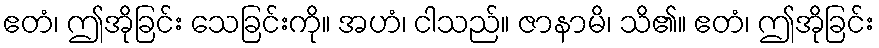
ဧတံ၊ ဤအိုခြင်း သေခြင်းကို။ အဟံ၊ ငါသည်။ ဇာနာမိ၊ သိ၏။ ဧတံ၊ ဤအိုခြင်း